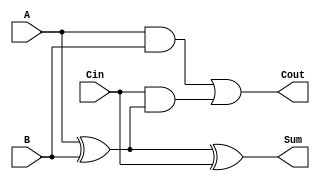
`timescale 1ns / 1ps

module full_adder (
    input A,
    input B,
    input Cin,
    output Sum,
    output Cout
);

    assign Sum = A ^ B ^ Cin;
    assign Cout = (A & B) | (Cin & (A ^ B));

endmodule